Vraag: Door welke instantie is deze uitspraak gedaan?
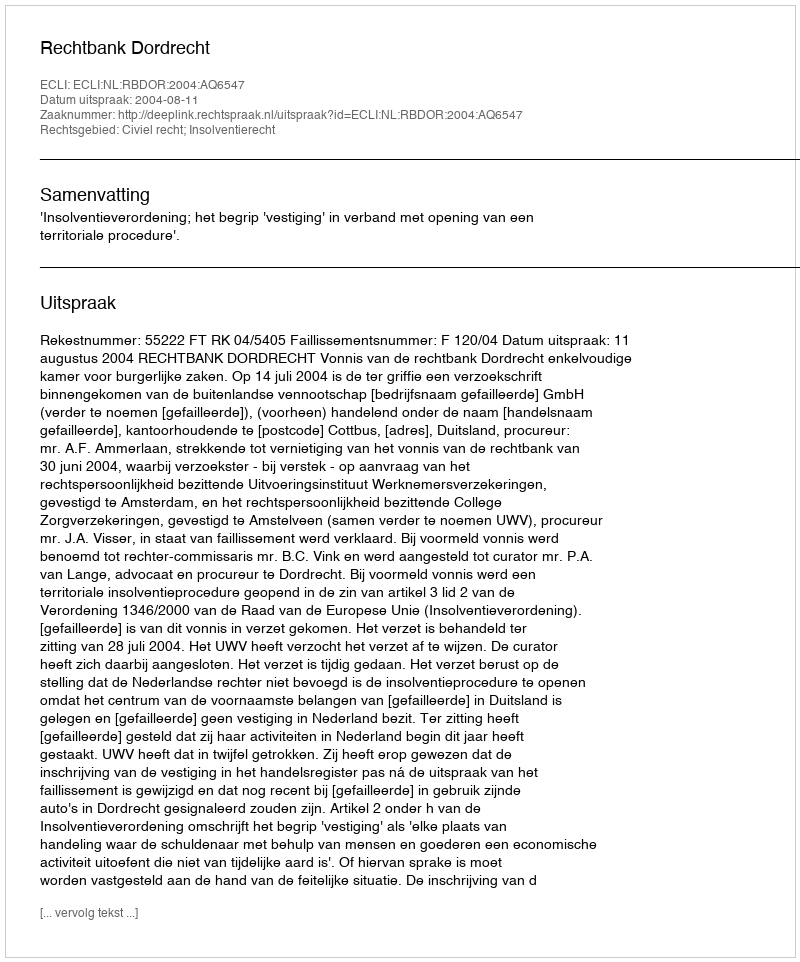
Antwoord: Rechtbank Dordrecht